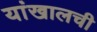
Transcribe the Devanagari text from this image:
यांखालची